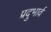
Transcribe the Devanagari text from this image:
प्रदुभार्व